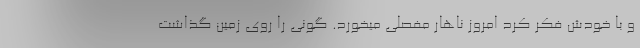
و با خودش فکر کرد امروز ناهار مفصلی میخورد. گونی را روی زمین گذاشت